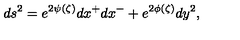
d s ^ { 2 } = e ^ { 2 \psi ( \zeta ) } d x ^ { + } d x ^ { - } + e ^ { 2 \phi ( \zeta ) } d y ^ { 2 } ,